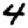
Digit: 4